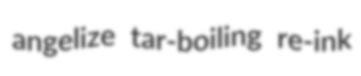
angelize tar-boiling re-ink